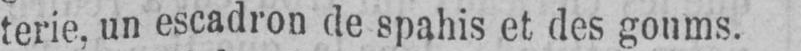
terie, un escadron de spahis et des goums.